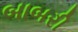
બાબરી